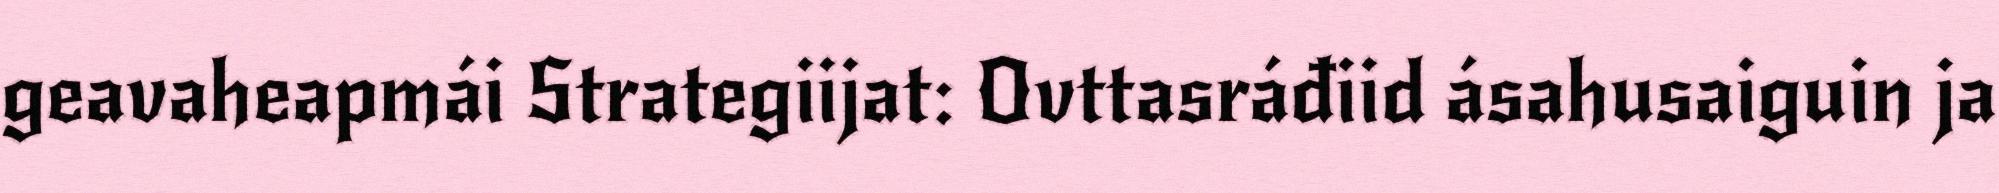
geavaheapmái Strategiijat: Ovttasráđiid ásahusaiguin ja